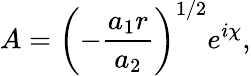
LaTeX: A=\left(-\frac{a_{1}r}{a_{2}}\right)^{1/2}e^{i\chi},